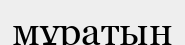
мұратын